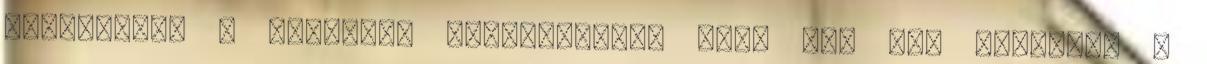
Elszállhat a magyarok kézi-vb-álma Idén már nem játszhat a